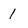
Character: 1